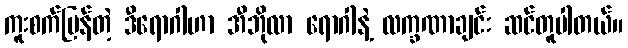
ကူးစက်မြန်တဲ့ ဒီရောဂါဟာ အီဘိုလာ ရောဂါနဲ့ လက္ခဏာချင်း ဆင်တူပါတယ်။